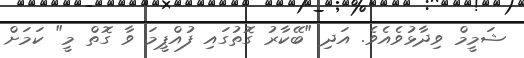
ޝަމީމް ވިދާޅުވެއެވެ. އަދި "ބޭކާރު ގޮތުގައި ފުއްޕީމަ ވާ ގޮތް މީ" ކަމަށް